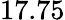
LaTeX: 17.75